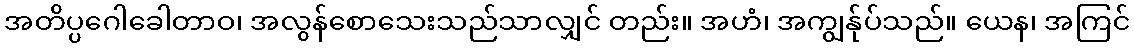
အတိပ္ပဂေါခေါတာဝ၊ အလွန်စောသေးသည်သာလျှင် တည်း။ အဟံ၊ အကျွန်ုပ်သည်။ ယေန၊ အကြင်